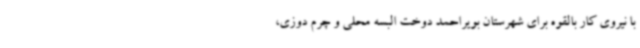
با نیروی کار بالقوه برای شهرستان بویراحمد دوخت البسه محلی و چرم دوزی،